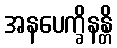
အနပေက္ခိနန္တိ